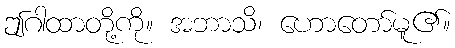
ဤဂါထာတို့ကို။ အဘာသိ၊ ဟောတော်မူ၏။